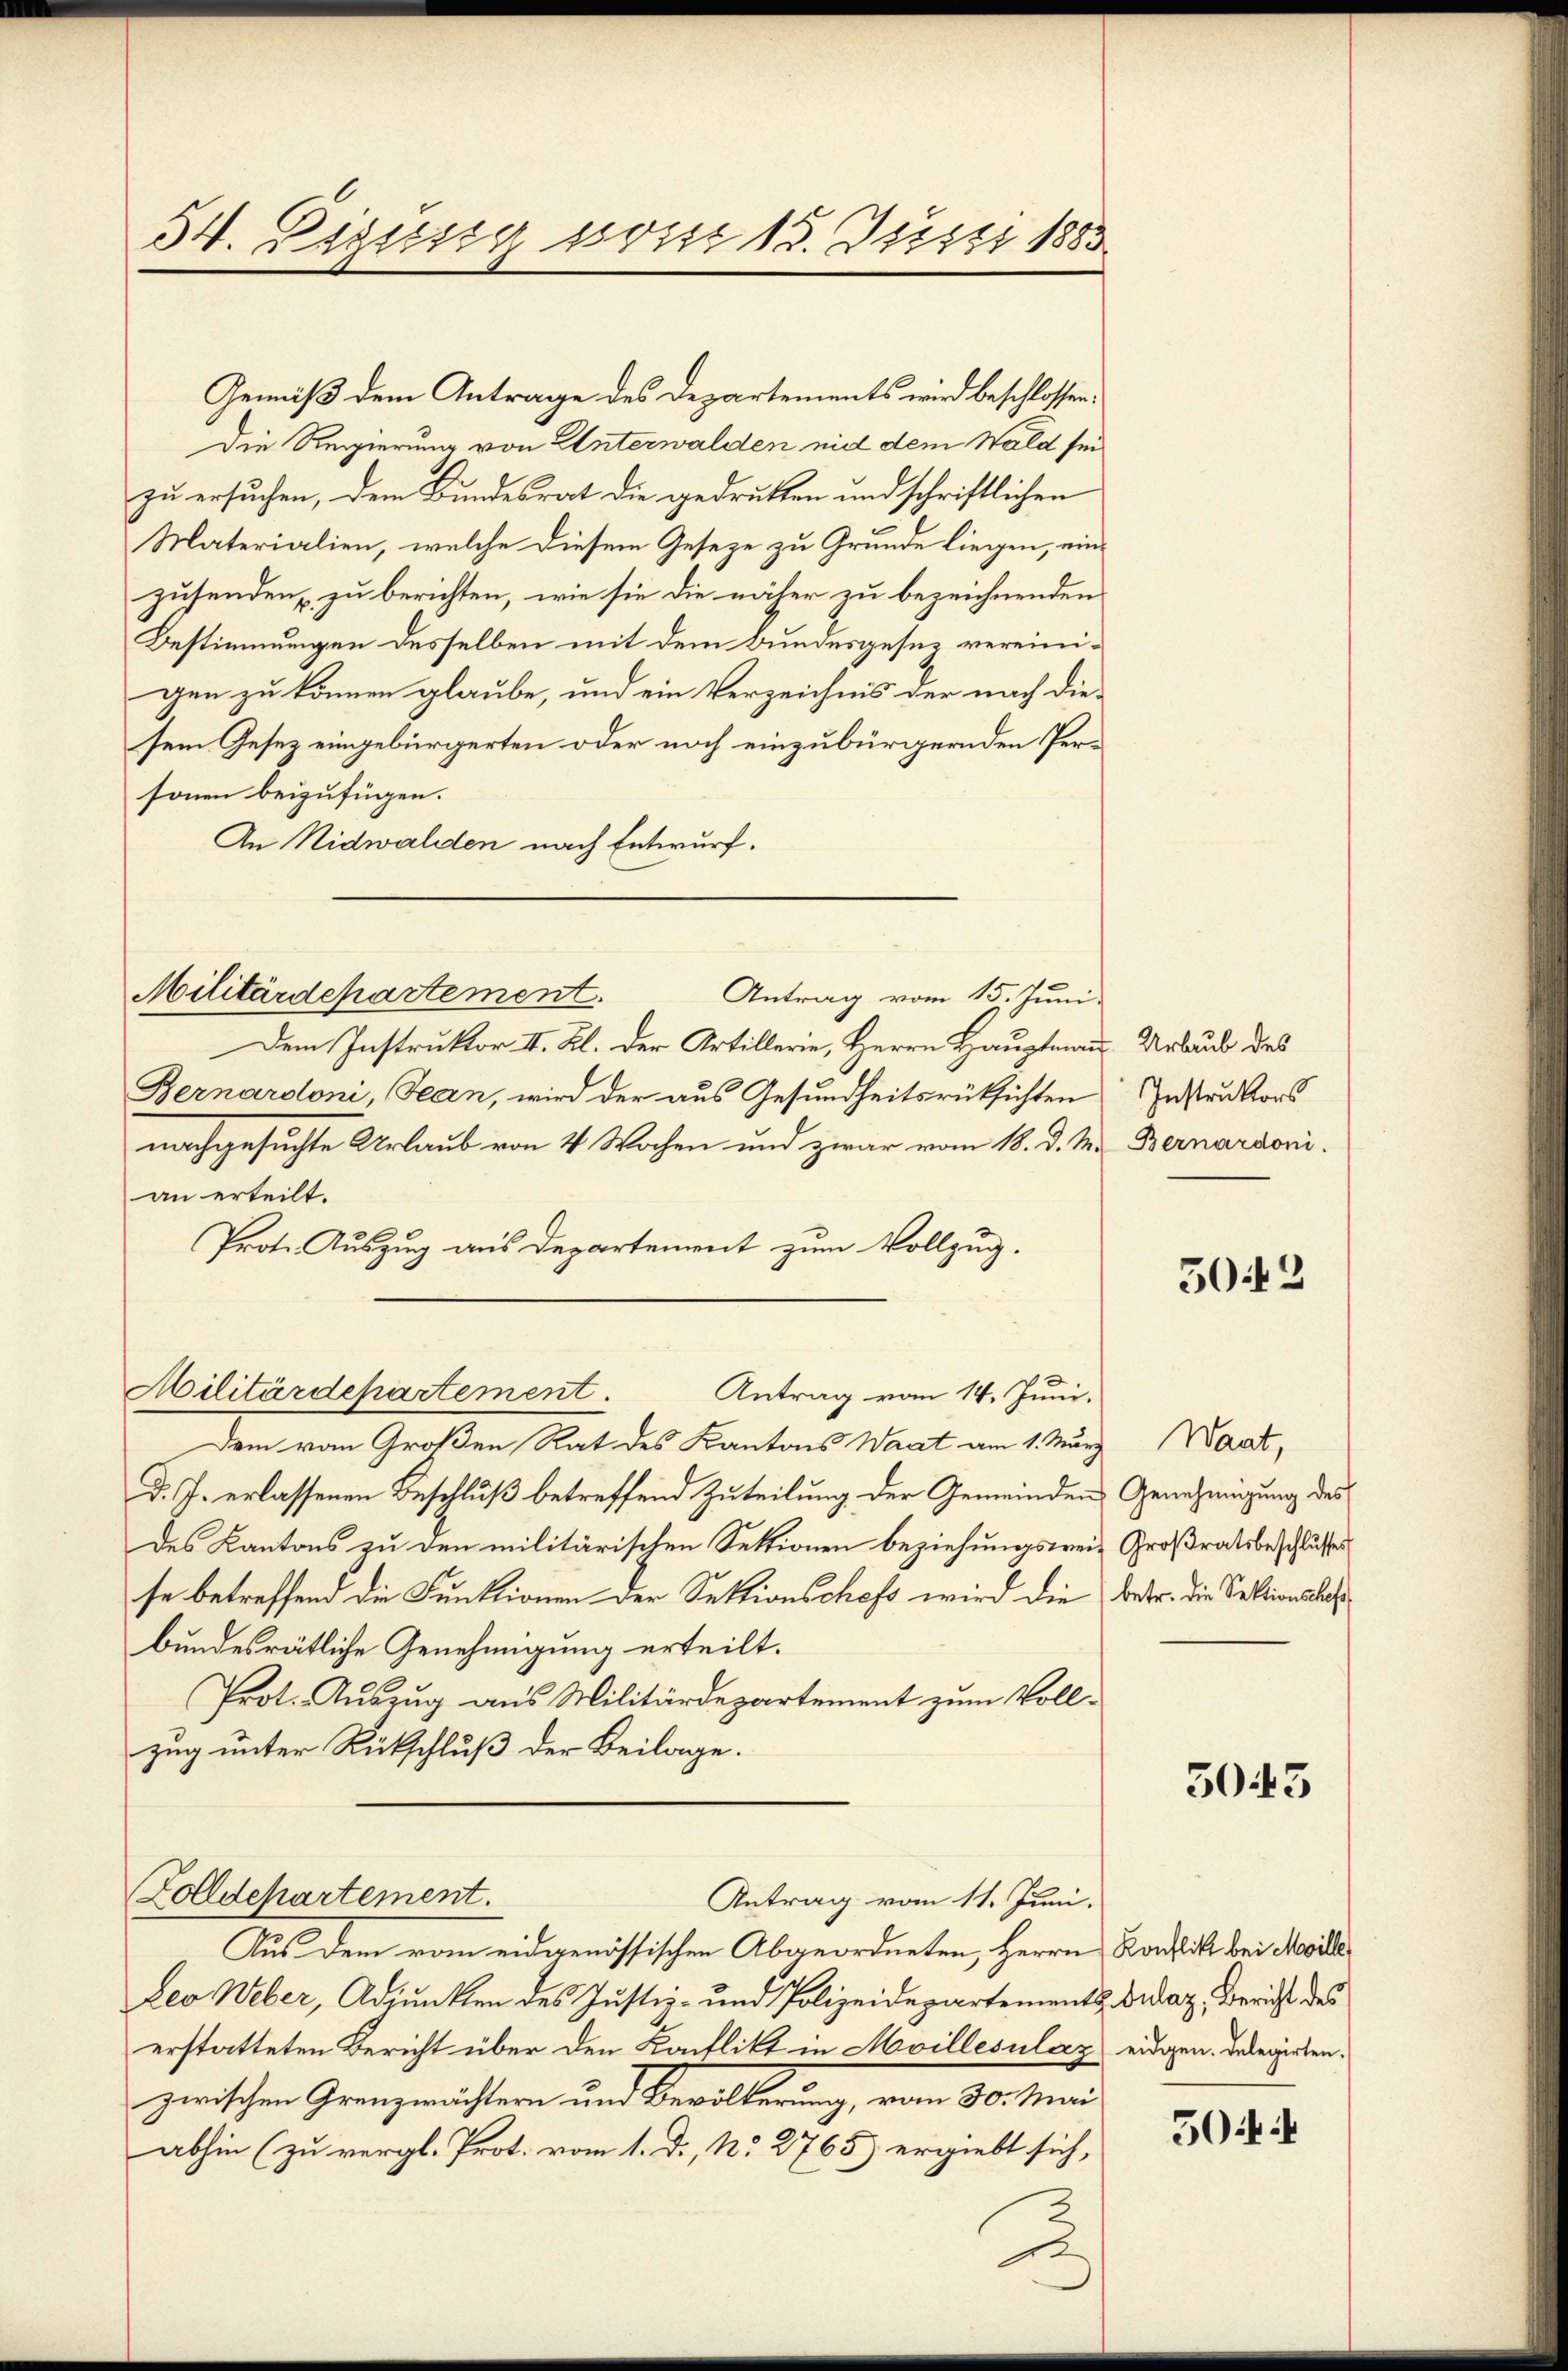
54. Digusig wisse 13. Justi 1883.

Gemäß dem Antrage des Departements wird beschlossen.
Die Regierung von Unterwalden nid dem Wald sei
zu ersuchen, dem Bundesrat die gedrukten und schriftlichen
Materialien, welche diesem Geseze zu Grunde liegen, einzusenden zu berichten, wie sie die näher zu bezeichnenden
Bestimmungen desselben mit dem Bundesgeses vereinigen zu können glaube, und ein Verzeichnis der nach die-
sem Gesetz eingebürgerten oder noch einzubürgernden Personen beizufügen.
An Nidwalden nach Entwurf.

Militärdepartement.
Antrag vom 15. Juni.

Militärdepartement.
Antrag vom 14. Juni.

Dem Instruktor II. Kl. der Artillerie, Herrn Hauptmann Urlaub des
Bernardoni, Jean, wird der aus Gesundheitsrücksichten
nachgesuchte Urlaub von 4 Wochen und zwar vom 18. d. M. Bernardoni
an erteilt.
Prote Auszug aus Departement zum Vollzug.
Dem vom Großen Rat des Kantons Waat am 1. März
d. J. erlassenen Beschluß betreffend Zuteilung der Gemeinden Genehmigung des
des Kantons zu den militärischen Sektionen beziehungsweis Großratsbeschlusses
se betreffend die Funktionen der Sektionschefs wird die betr. die Sektionslat
bundesrätliche Genehmigung erteilt.
Prot. Auszug aus Militärdepartement zum Vollzug unter Rückschluß der Beilage.
Zolldepartement.
Antrag vom 11. Juni.
Aus dem vom eidgenössischen Abgeordneten, Herrn Konflikt bei Mobila
Leo Weber, Adjunkten des Justiz- und Polizeidepartements Didaz, Bericht des
erstatteten Bericht über den Konflikt in Moillesulaz eidgen. Delegirten.
zwischen Grenzwächtern und Bevölkerung, vom 30. Mai
abhin (zu vergl. Prot. vom 1. D., No 2765) ergiebt sich,

.

Instruktors

5042

Waat,

3043

504